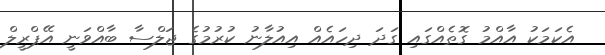
އެކަމަކު އާއްމު ގޮތެއްގައި ގަދަ ދިހައެއް އިއުލާނު ކުރުމުގެ ޖަލްސާ ބާއްވަނީ އޭޕްރީލް